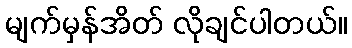
မျက်မှန်အိတ် လိုချင်ပါတယ်။